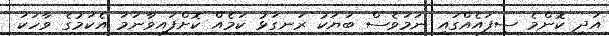
އަދި ކޮންމެ ސިފައެއްގައި ނަމަވެސް ބަޔަކު ރަނގަޅު ކަމެއް ކޮށްފައިވާނަމަ އެކަމުގެ ވާހަކަ